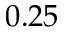
0 . 2 5